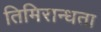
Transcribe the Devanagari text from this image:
तिमिरान्धता